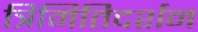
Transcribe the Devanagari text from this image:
त्रिमितिदर्शन